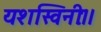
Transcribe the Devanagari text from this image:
यशस्विनीः।।